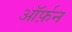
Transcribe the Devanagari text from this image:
ऑर्फ़न